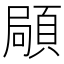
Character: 𩓛